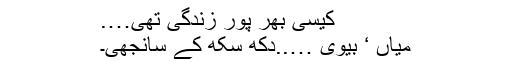
کیسی بھر پور زندگی تھی….
میاں ‘ بیوی …..دکھ سکھ کے سانجھی۔